Document type: Sale
Year: 1423
Scribe: Joan Franc
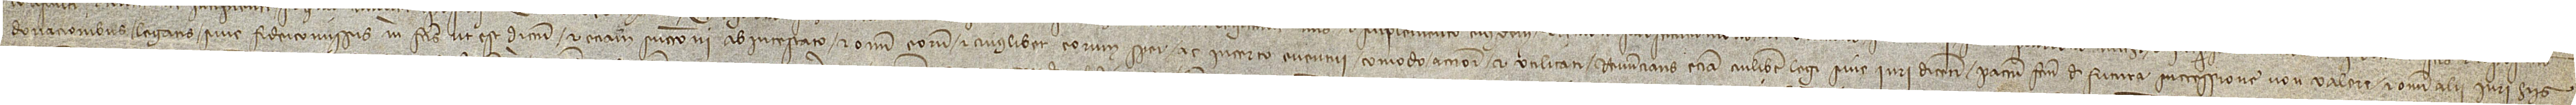
donacionibus, legatis sive fideicomissis mihi factis, ut est dictum, et etiam successioni ab intestato et omni eorum et cuiuslibet eorum spei ac incerto eventui, comodo, accioni et utilitati. Renuncians etiam cuilibet legi sive iuri dicenti pactum factum de futura successione non valere, et omni alii iuri hiis